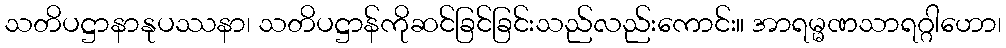
သတိပဋ္ဌာနာနုပဿနာ၊ သတိပဋ္ဌာန်ကိုဆင်ခြင်ခြင်းသည်လည်းကောင်း။ အာရမ္မဏသာရဂ္ဂါဟော၊